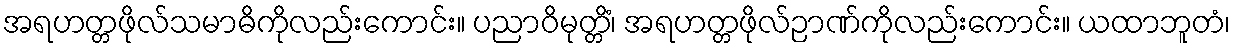
အရဟတ္တဖိုလ်သမာဓိကိုလည်းကောင်း။ ပညာဝိမုတ္တိံ၊ အရဟတ္တဖိုလ်ဉာဏ်ကိုလည်းကောင်း။ ယထာဘူတံ၊